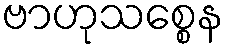
ဗာဟုသစ္စေန